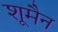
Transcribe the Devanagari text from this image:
शूमैन